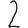
Digit: 2